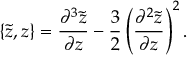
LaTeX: \{ \tilde { z } , z \} = \frac { \partial ^ { 3 } \tilde { z } } { \partial z } - \frac { 3 } { 2 } \left( \frac { \partial ^ { 2 } \tilde { z } } { \partial z } \right) ^ { 2 } .